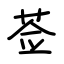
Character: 莶